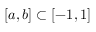
[ a , b ] \subset [ - 1 , 1 ]